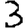
Digit: 3